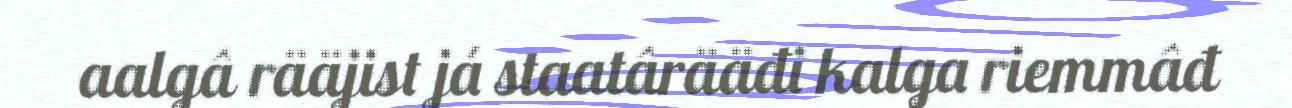
aalgâ rääjist já staatârääđi kalga riemmâđ